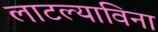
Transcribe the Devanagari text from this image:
लाटल्याविना